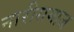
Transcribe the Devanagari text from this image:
नारीसमाज